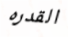
القدره